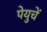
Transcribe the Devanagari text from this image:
पेयुचें